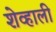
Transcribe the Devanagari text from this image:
शेव्हाली